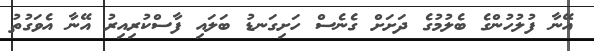
އޭނާ ފުލުހުންގެ ބެލުމުގެ ދަށަށް ގެނެސް ހަށިގަނޑު ބަލައި ފާސްކުރިއިރު އޭނާ އެވަގުތު